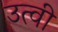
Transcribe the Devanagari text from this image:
उत्वी